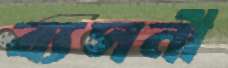
ব্যসনী